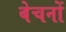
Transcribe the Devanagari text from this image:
बेचनों